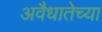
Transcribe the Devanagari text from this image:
अवैधातेच्या